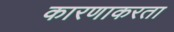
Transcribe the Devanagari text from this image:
कारणाकरता